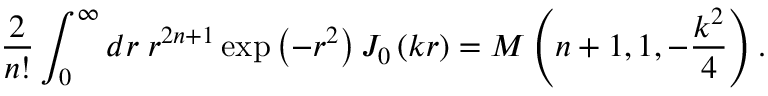
{ \frac { 2 } { n ! } } \int _ { 0 } ^ { \infty } { d r } \; r ^ { 2 n + 1 } \exp \left( - r ^ { 2 } \right) J _ { 0 } \left( k r \right) = M \left( n + 1 , 1 , - { \frac { k ^ { 2 } } { 4 } } \right) .